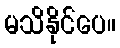
မသိနိုင်ပေ။